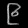
Digit: ၉